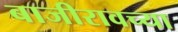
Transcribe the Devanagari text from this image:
बाजीरावच्या